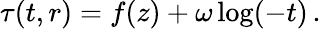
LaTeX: \tau(t,r)=f(z)+\omega\log(-t)\, .